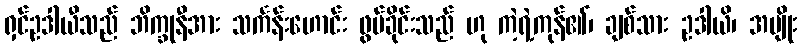
ရှင်ဥဒါယီသည် ဘိက္ခုနီအား သင်္ကန်းဟောင်း ဖွပ်ခိုင်းသည် ဟု ကဲ့ရဲ့ကုန်၏၊ ချစ်သား ဥဒါယိ၊ အမျိုး